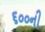
૬૦૦ની